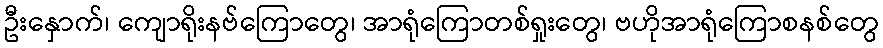
ဦးနှောက်၊ ကျောရိုးနဗ်ကြောတွေ၊ အာရုံကြောတစ်ရှုးတွေ၊ ဗဟိုအာရုံကြောစနစ်တွေ